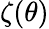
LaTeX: \zeta(\theta)